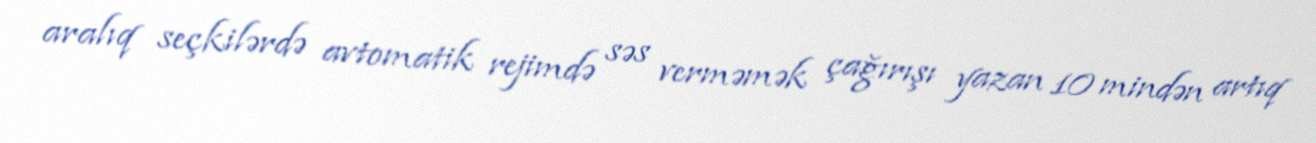
aralıq seçkilərdə avtomatik rejimdə səs verməmək çağırışı yazan 10 mindən artıq